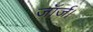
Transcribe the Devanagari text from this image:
जॉर्ज।